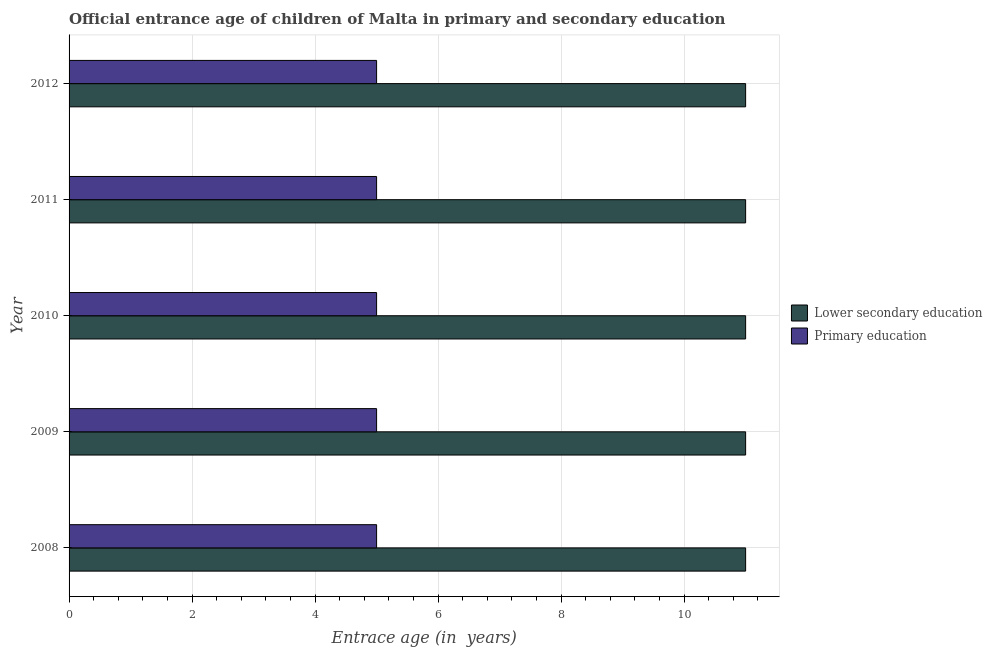
| Year | Lower secondary education | Primary education |
 | --- | --- | --- |
 | 2008 | 11 | 5 |
 | 2009 | 11 | 5 |
 | 2010 | 11 | 5 |
 | 2011 | 11 | 5 |
 | 2012 | 11 | 5 |